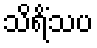
သိရိံသပ